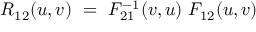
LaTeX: R _ { 1 2 } ( u , v ) \ = \ F _ { 2 1 } ^ { - 1 } ( v , u ) \ F _ { 1 2 } ( u , v )